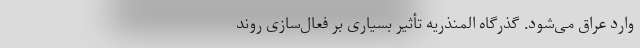
وارد عراق می‌شود. گذرگاه المنذریه تأثیر بسیاری بر فعال‌سازی روند